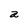
Character: a